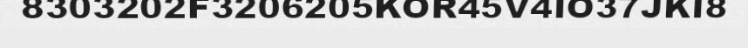
8303202F3206205KOR45V4IO37JKI8